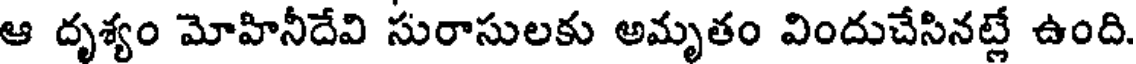
ఆ దృశ్యం మోహినీదేవి సురాసులకు అమృతం విందుచేసినట్లే ఉంది